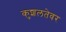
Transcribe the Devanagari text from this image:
कुशलतेवर